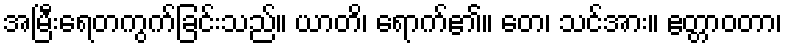
အမြီးရေတကွက်ခြင်းသည်။ ယာတိ၊ ရောက်၏။ တေ၊ သင်အား။ ဧတ္တာဝတာ၊